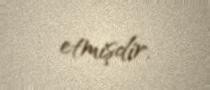
etmişdir.